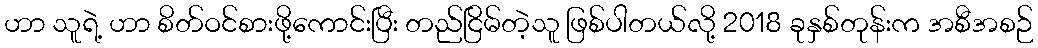
ဟာ သူရဲ့ ဟာ စိတ်ဝင်စားဖို့ကောင်းပြီး တည်ငြိမ်တဲ့သူ ဖြစ်ပါတယ်လို့ 2018 ခုနှစ်တုန်းက အစီအစဉ်